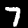
Label: 7